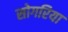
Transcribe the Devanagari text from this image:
सोगरिया